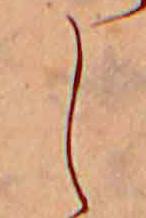
し